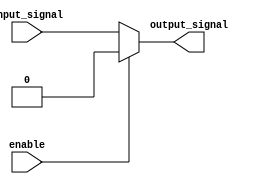
module Active_low_buffer (
    input wire enable,
    input wire input_signal,
    output reg output_signal
);

always @(*) begin
    if (enable == 1'b0) begin
        output_signal = input_signal;
    end else begin
        output_signal = 1'b0;
    end
end

endmodule